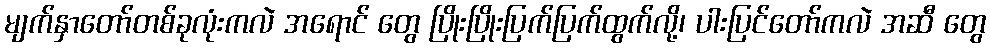
မျက်နှာတော်တစ်ခုလုံးကလဲ အရောင် တွေ ပြိုးပြိုးပြက်ပြက်ထွက်လို့၊ ပါးပြင်တော်ကလဲ အဆီ တွေ